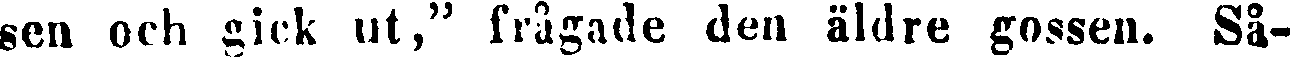
sen och gick ut," frågade den äldre gossen. Så-